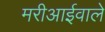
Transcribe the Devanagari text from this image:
मरीआईवाले